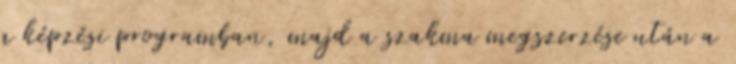
a képzési programban, majd a szakma megszerzése után a